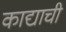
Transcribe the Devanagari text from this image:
काद्याची